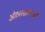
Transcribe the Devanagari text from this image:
अंतरशाखाओं